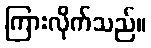
ကြားလိုက်သည်။